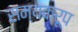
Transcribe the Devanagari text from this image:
सम्यकरूप